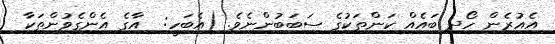
އެއުރެން ހޯދި ބައެއް ކަންތަކުގެ ސަބަބުންނެވެ. (އެބަަހީ:  އާގެ އެންގެވުންތަކާ